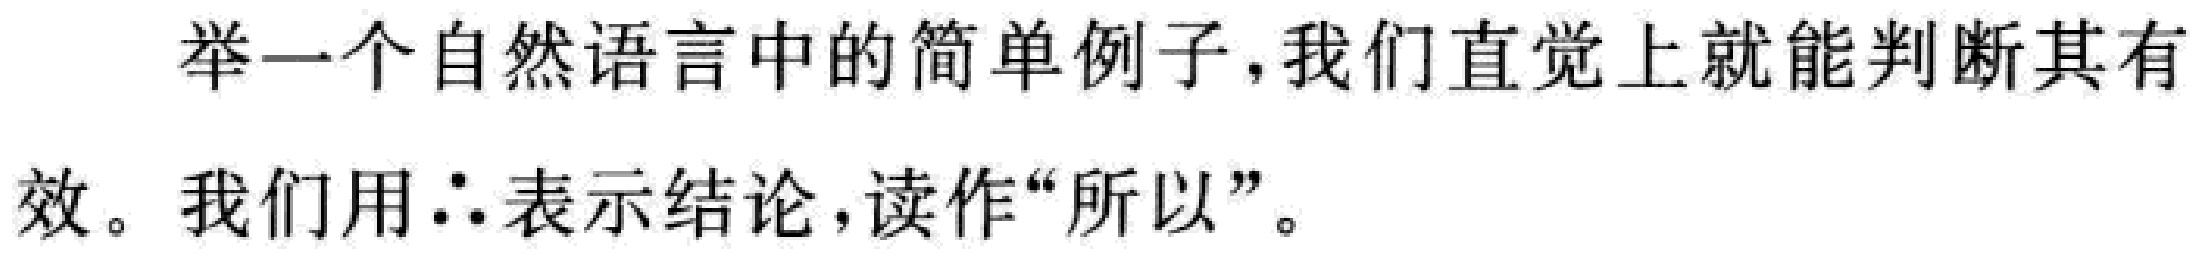
举一个自然语言中的简单例子，我们直觉上就能判断其有效。我们用$\therefore$表示结论，读作“所以”。